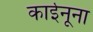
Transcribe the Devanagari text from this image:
काईनूना